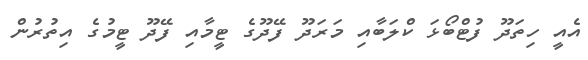
އެއީ ހިތަދޫ ފުޓްބޯޅަ ކްލަބާއި މަރަދޫ ފޭދޫގެ ޓީމާއި ފޭދޫ ޓީމުގެ އިތުރުން